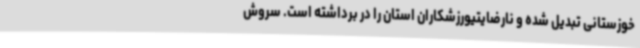
خوزستانی تبدیل شده و نارضایتیورزشکاران استان را در برداشته است. سروش